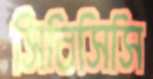
সিবিসিসি